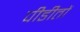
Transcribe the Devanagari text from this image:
पीडीतों